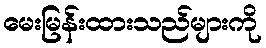
မေးမြန်းထားသည်များကို